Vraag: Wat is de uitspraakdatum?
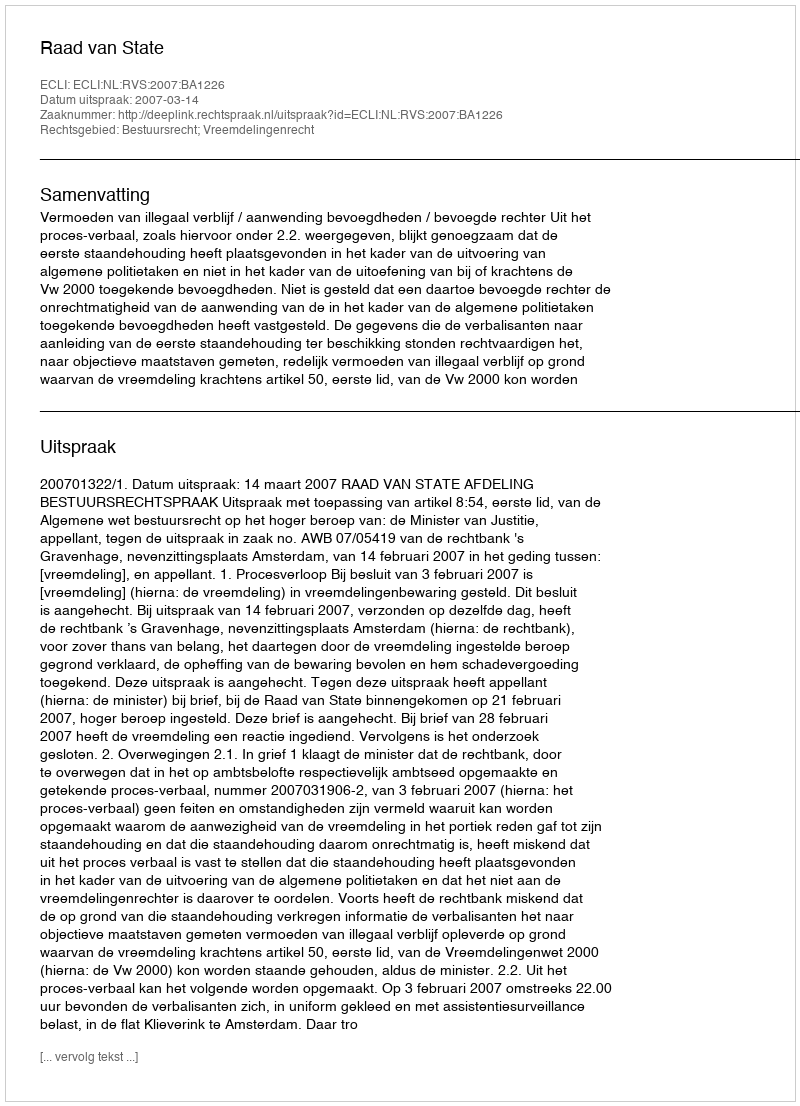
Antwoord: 2007-03-14